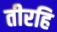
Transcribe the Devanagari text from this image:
तीरहि